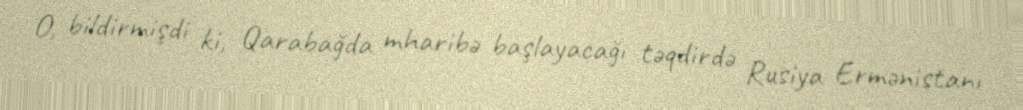
O, bildirmişdi ki, Qarabağda mharibə başlayacağı təqdirdə Rusiya Ermənistanı